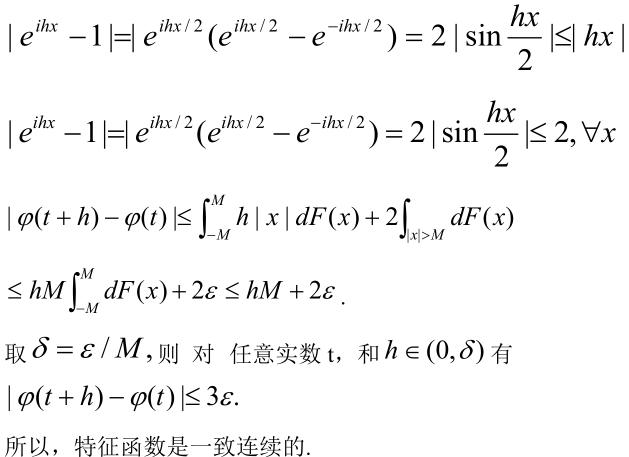
\begin{align*}
|e^{ihx} - 1|&=|e^{ihx/2}(e^{ihx/2}-e^{-ihx/2}) = 2|\sin\frac{hx}{2}|\leq|hx|\\
|e^{ihx} - 1|&=|e^{ihx/2}(e^{ihx/2}-e^{-ihx/2}) = 2|\sin\frac{hx}{2}|\leq 2,\forall x\\
|\varphi(t + h)-\varphi(t)|&\leq\int_{-M}^{M}h|x|dF(x)+2\int_{|x|>M}dF(x)\\
&\leq hM\int_{-M}^{M}dF(x)+2\varepsilon\leq hM + 2\varepsilon.
\end{align*}
取 $\delta=\varepsilon/M$, 则 对 任意实数 $t$, 和 $h\in(0,\delta)$ 有
\[|\varphi(t + h)-\varphi(t)|\leq 3\varepsilon.\]
所以，特征函数是一致连续的.